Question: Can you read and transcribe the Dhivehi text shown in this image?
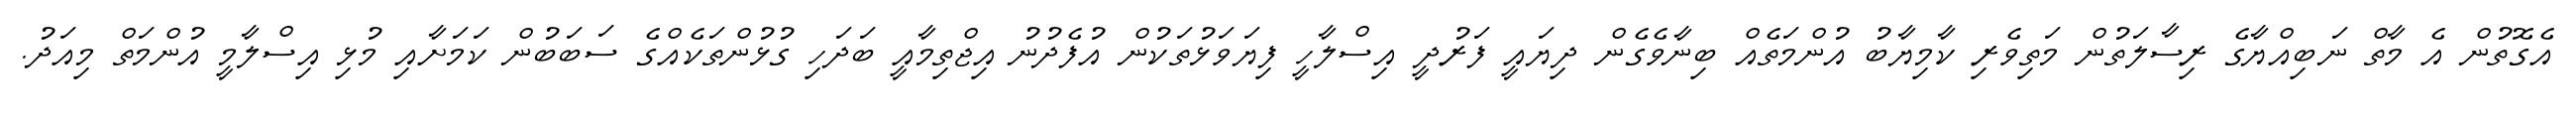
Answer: އެގޮތުން އެ މާތް ނަބިއްޔާގެ ރިސާލަތުން މަތިވެރި ކާމިޔާބު އުންމަތެއް ބިނާވެގެން ދިޔައީ ފަރުދީ އިސްލާހީ ފިޔަވަޅުތަކުން އުފެދުނު އިޖްތިމާއީ ބަދަހި ގުޅުންތަކެއްގެ ސަބަބުން ކަމަށާއި މުޅި އިސްލާމީ އުންމަތް މިއަދު.